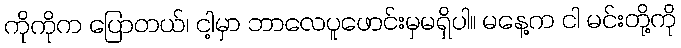
ကိုကိုက ပြောတယ်၊ ငါ့မှာ ဘာလေပူဖောင်းမှမရှိပါ။ မနေ့က ငါ မင်းတို့ကို